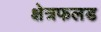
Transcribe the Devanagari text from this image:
क्षेत्रफलड